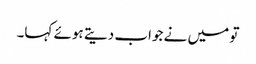
تو میں نے جواب دیتے ہوئے کہا۔